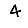
Digit: 4